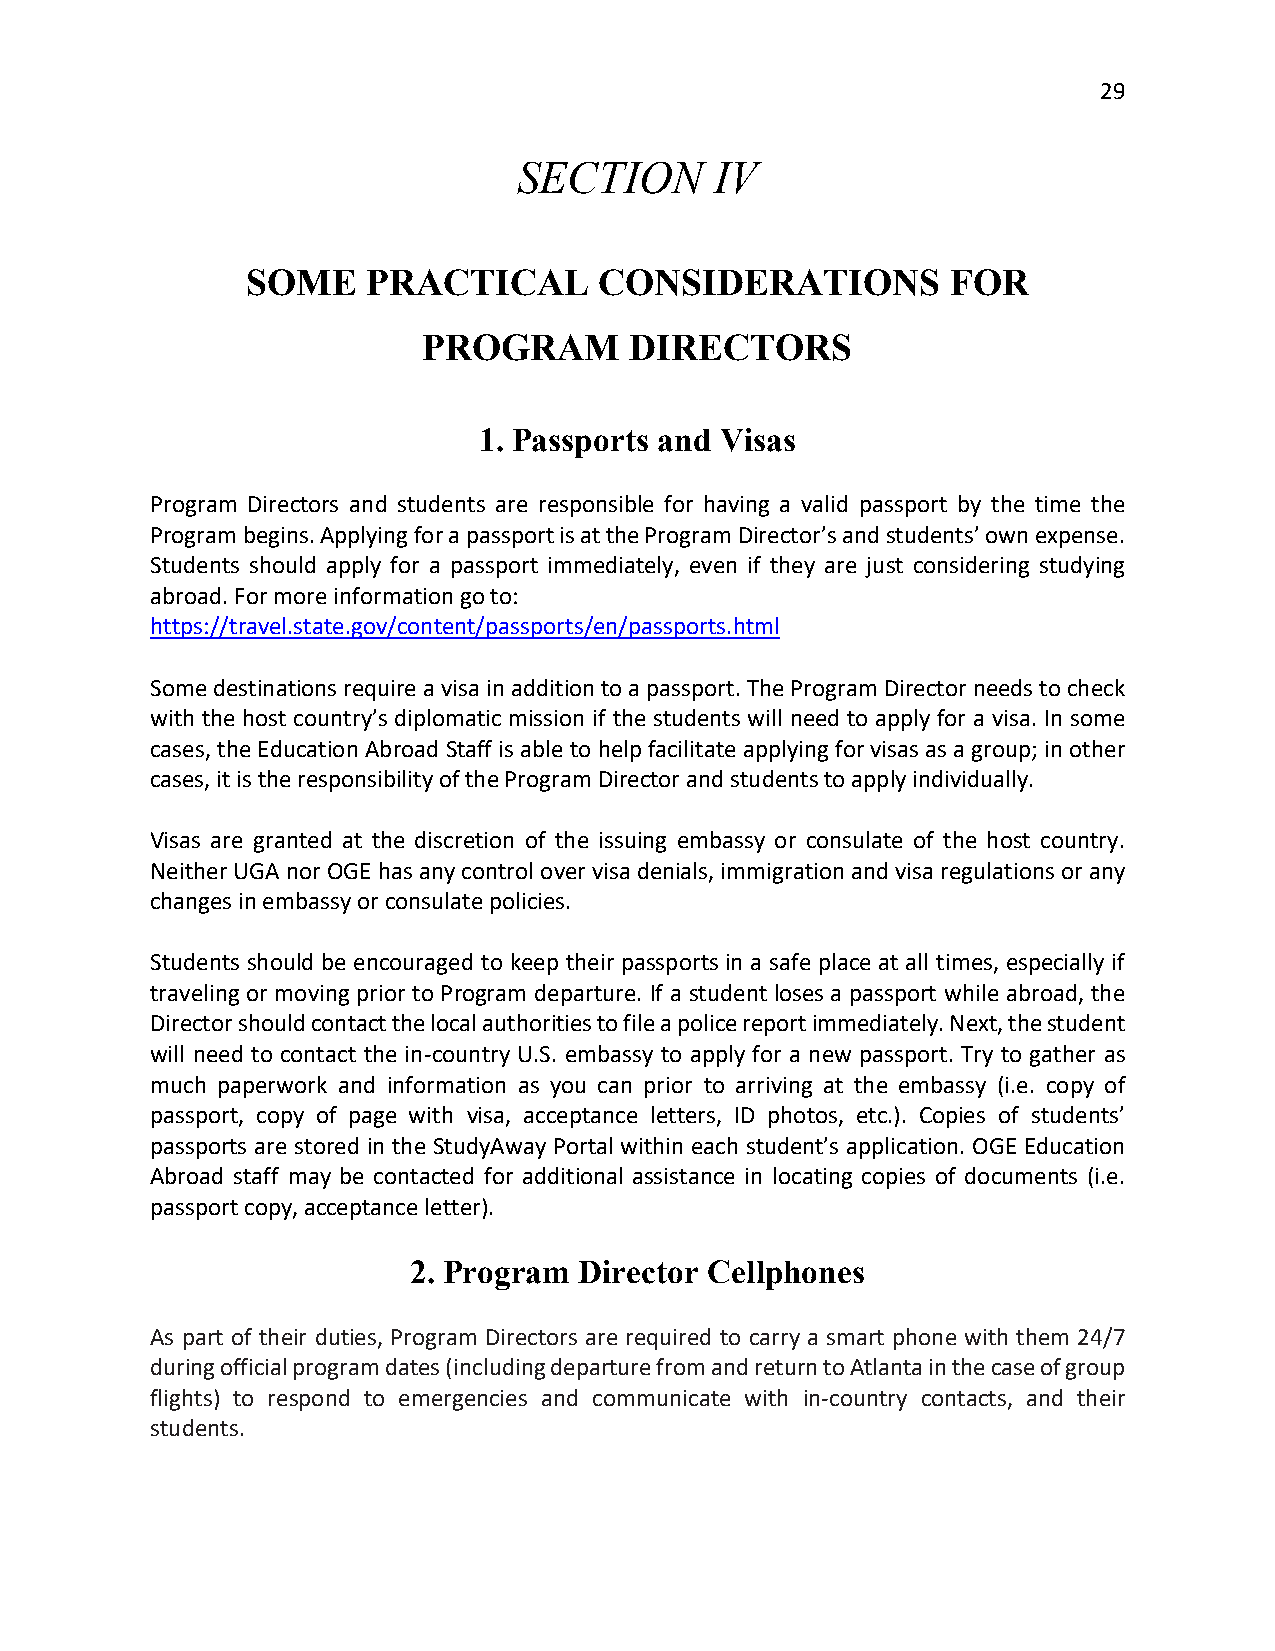
29
 SECTION      IV
 SOME    PRACTICAL       CONSIDERATIONS         FOR
 PROGRAM       DIRECTORS
 1. Passports and Visas
 Program Directors and students are responsible for having a valid passport by the time the
 Program begins. Applying for a passport is at the Program Director’s and students’ own expense.
 Students should apply for a passport immediately, even if they are just considering studying
 abroad. For more information go to:
 https://travel.state.gov/content/passports/en/passports.html
 Some destinations require a visa in addition to a passport. The Program Director needs to check
 with the host country’s diplomatic mission if the students will need to apply for a visa. In some
 cases, the Education Abroad Staff is able to help facilitate applying for visas as a group; in other
 cases, it is the responsibility of the Program Director and students to apply individually.
 Visas are granted at the discretion of the issuing embassy or consulate of the host country.
 Neither UGA nor OGE has any control over visa denials, immigration and visa regulations or any
 changes in embassy or consulate policies.
 Students should be encouraged to keep their passports in a safe place at all times, especially if
 traveling or moving prior to Program departure. If a student loses a passport while abroad, the
 Director should contact the local authorities to file a police report immediately. Next, the student
 will need to contact the in-country U.S. embassy to apply for a new passport. Try to gather as
 much paperwork and information as you can prior to arriving at the embassy (i.e. copy of
 passport, copy of page with visa, acceptance letters, ID photos, etc.). Copies of students’
 passports are stored in the StudyAway Portal within each student’s application. OGE Education
 Abroad staff may be contacted for additional assistance in locating copies of documents (i.e.
 passport copy, acceptance letter).
 2. Program Director Cellphones
 As part of their duties, Program Directors are required to carry a smart phone with them 24/7
 during official program dates (including departure from and return to Atlanta in the case of group
 flights) to respond to emergencies and communicate with in-country contacts, and their
 students.